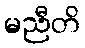
မညီတိ